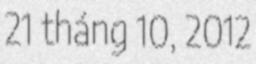
21 tháng 10, 2012